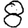
Digit: 8